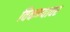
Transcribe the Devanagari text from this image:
विकण्यावर